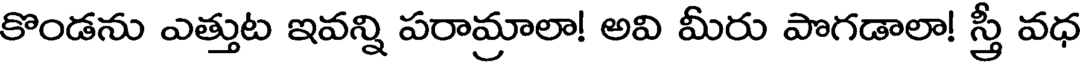
కొండను ఎత్తుట ఇవన్ని పరామ్రాలా! అవి మీరు పొగడాలా! స్త్రీ వధ